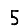
Digit: 5